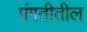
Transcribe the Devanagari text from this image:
पंगतीतील